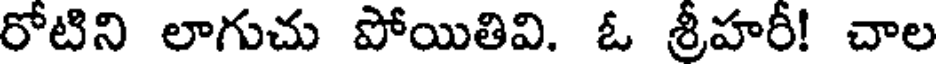
రోటిని లాగుచు పోయితివి. ఓ శ్రీహరీ! చాల